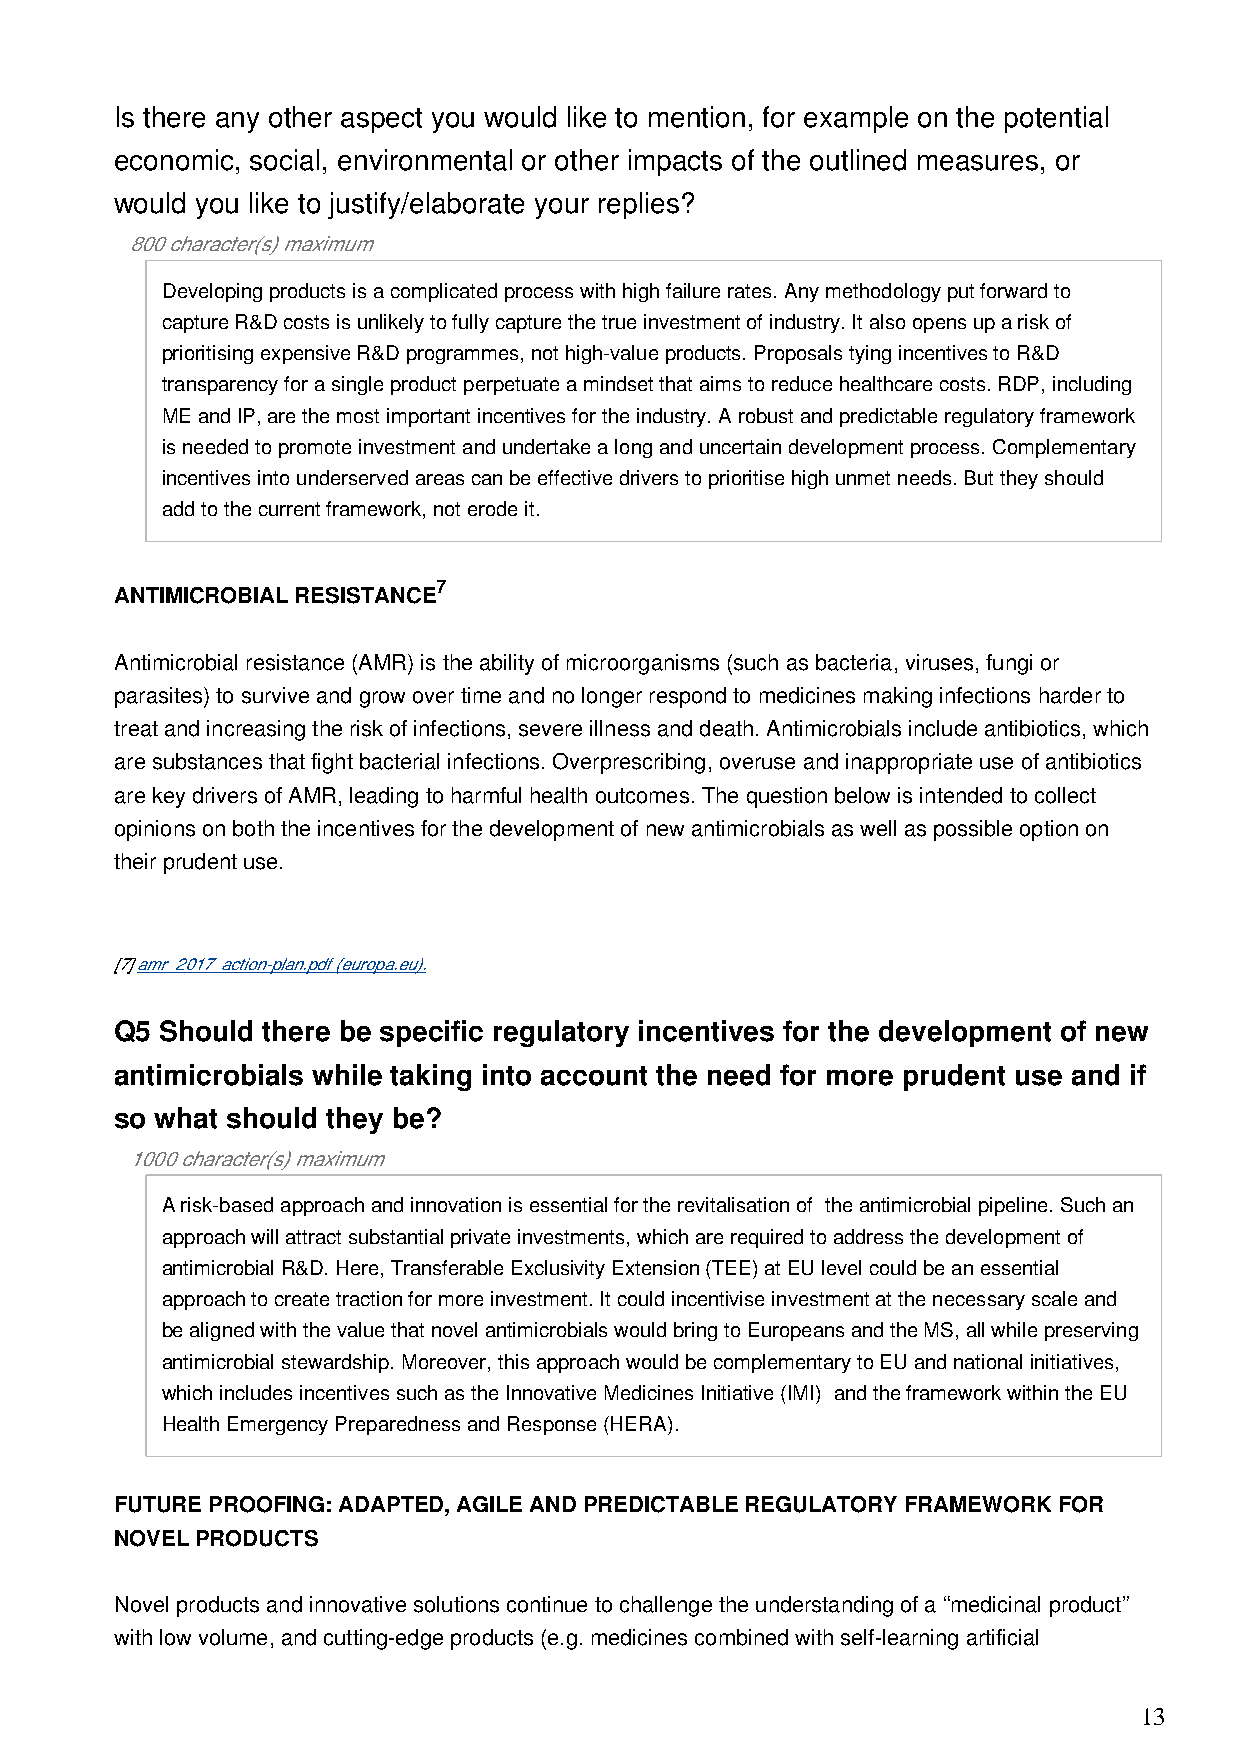
Is there any other aspect you would like to mention, for example on the potential
 economic, social, environmental or other impacts of the outlined measures, or
 would you like to justify/elaborate your replies?
 800 character(s) maximum
 Developing products is a complicated process with high failure rates. Any methodology put forward to
 capture R&D costs is unlikely to fully capture the true investment of industry. It also opens up a risk of
 prioritising expensive R&D programmes, not high-value products. Proposals tying incentives to R&D
 transparency for a single product perpetuate a mindset that aims to reduce healthcare costs. RDP, including
 ME and IP, are the most important incentives for the industry. A robust and predictable regulatory framework
 is needed to promote investment and undertake a long and uncertain development process. Complementary
 incentives into underserved areas can be effective drivers to prioritise high unmet needs. But they should
 add to the current framework, not erode it.
 7
 ANTIMICROBIAL RESISTANCE
 Antimicrobial resistance (AMR) is the ability of microorganisms (such as bacteria, viruses, fungi or
 parasites) to survive and grow over time and no longer respond to medicines making infections harder to
 treat and increasing the risk of infections, severe illness and death. Antimicrobials include antibiotics, which
 are substances that fight bacterial infections. Overprescribing, overuse and inappropriate use of antibiotics
 are key drivers of AMR, leading to harmful health outcomes. The question below is intended to collect
 opinions on both the incentives for the development of new antimicrobials as well as possible option on
 their prudent use.
 [7] amr_2017_action-plan.pdf (europa.eu).
 Q5 Should there be specific regulatory incentives for the development of new
 antimicrobials while taking into account the need for more prudent use and if
 so what should they be?
 1000 character(s) maximum
 A risk-based approach and innovation is essential for the revitalisation of the antimicrobial pipeline. Such an
 approach will attract substantial private investments, which are required to address the development of
 antimicrobial R&D. Here, Transferable Exclusivity Extension (TEE) at EU level could be an essential
 approach to create traction for more investment. It could incentivise investment at the necessary scale and
 be aligned with the value that novel antimicrobials would bring to Europeans and the MS, all while preserving
 antimicrobial stewardship. Moreover, this approach would be complementary to EU and national initiatives,
 which includes incentives such as the Innovative Medicines Initiative (IMI) and the framework within the EU
 Health Emergency Preparedness and Response (HERA).
 FUTURE PROOFING: ADAPTED, AGILE AND PREDICTABLE REGULATORY FRAMEWORK FOR
 NOVEL PRODUCTS
 Novel products and innovative solutions continue to challenge the understanding of a “medicinal product”
 with low volume, and cutting-edge products (e.g. medicines combined with self-learning artificial
 13